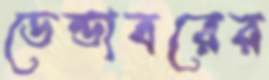
ডেন্ডাবরের